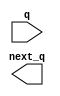
`timescale 1ns / 1ps
//////////////////////////////////////////////////////////////////////////////////
//////////////////////////////////////////////////////////////////////////////////
module nextupcount3(
    input [2:0] q,
    output [2:0] next_q
    );

endmodule